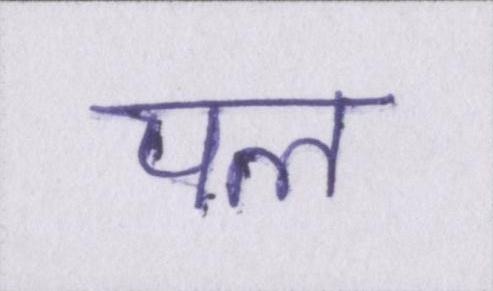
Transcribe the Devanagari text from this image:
पल